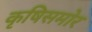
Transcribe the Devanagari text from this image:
कृषिसमोर